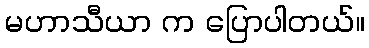
မဟာသီယာ က ပြောပါတယ်။